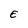
Character: E